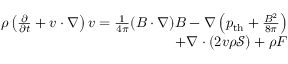
\begin{array} { r } { \rho \left( \frac { \partial } { \partial t } + \boldsymbol { v } \cdot \nabla \right) \boldsymbol { v } = \frac { 1 } { 4 \pi } ( \boldsymbol { B } \cdot \nabla ) \boldsymbol { B } - \nabla \left( p _ { \mathrm { t h } } + \frac { B ^ { 2 } } { 8 \pi } \right) } \\ { + \nabla \cdot ( 2 v \rho \mathcal { S } ) + \rho \boldsymbol { F } } \end{array}